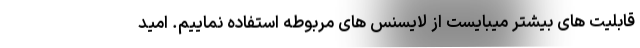
قابلیت های بیشتر میبایست از لایسنس های مربوطه استفاده نماییم. امید